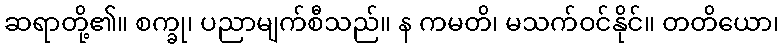
ဆရာတို့၏။ စက္ခု၊ ပညာမျက်စီသည်။ န ကမတိ၊ မသက်ဝင်နိုင်။ တတိယော၊